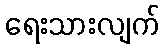
ရေးသားလျက်